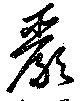
厳